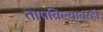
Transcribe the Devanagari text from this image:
तापविल्यावरही